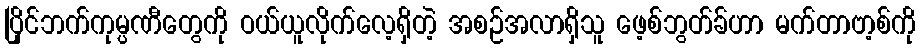
ပြိုင်ဘက်ကုမ္ပဏီတွေကို ဝယ်ယူလိုက်လေ့ရှိတဲ့ အစဉ်အလာရှိသူ ဖေ့စ်ဘွတ်ခ်ဟာ မက်တာဗာ့စ်ကို